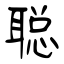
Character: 聪